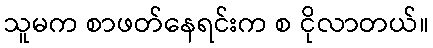
သူမက စာဖတ်နေရင်းက စ ငိုလာတယ်။